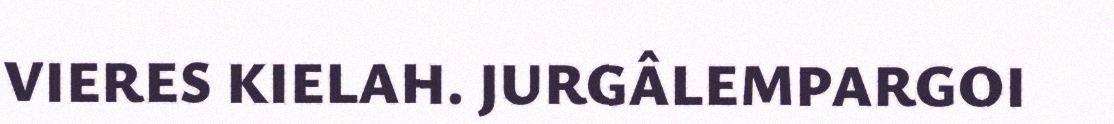
VIERES KIELAH. JURGÂLEMPARGOI